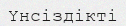
Үнсіздікті